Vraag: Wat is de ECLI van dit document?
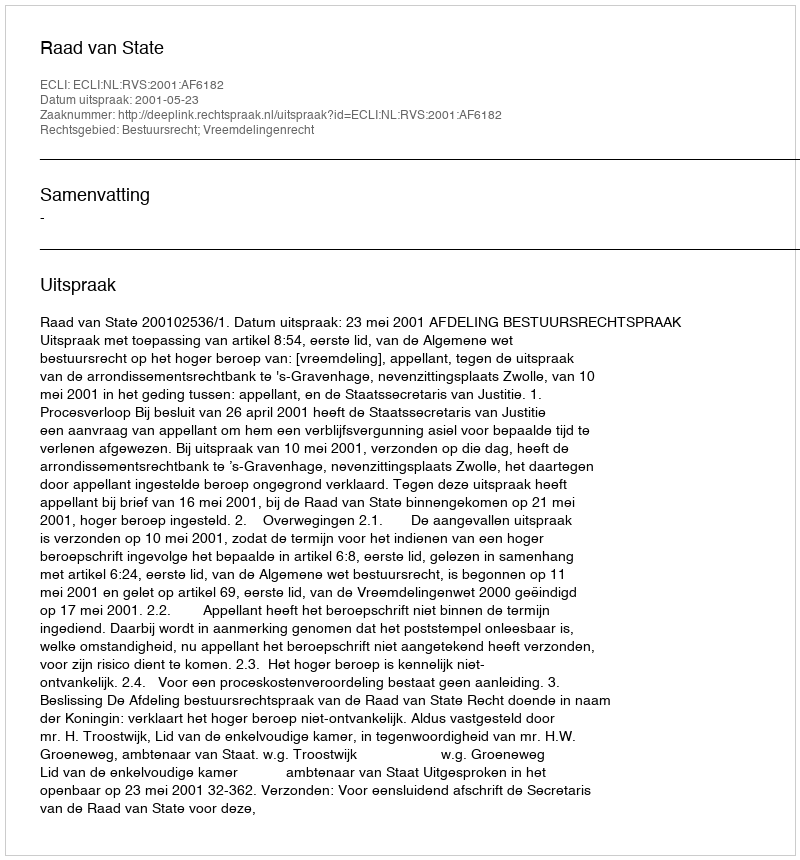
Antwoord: ECLI:NL:RVS:2001:AF6182